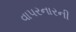
વાપરનારની